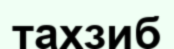
тахзиб